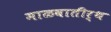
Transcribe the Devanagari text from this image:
माळवातीर्थ